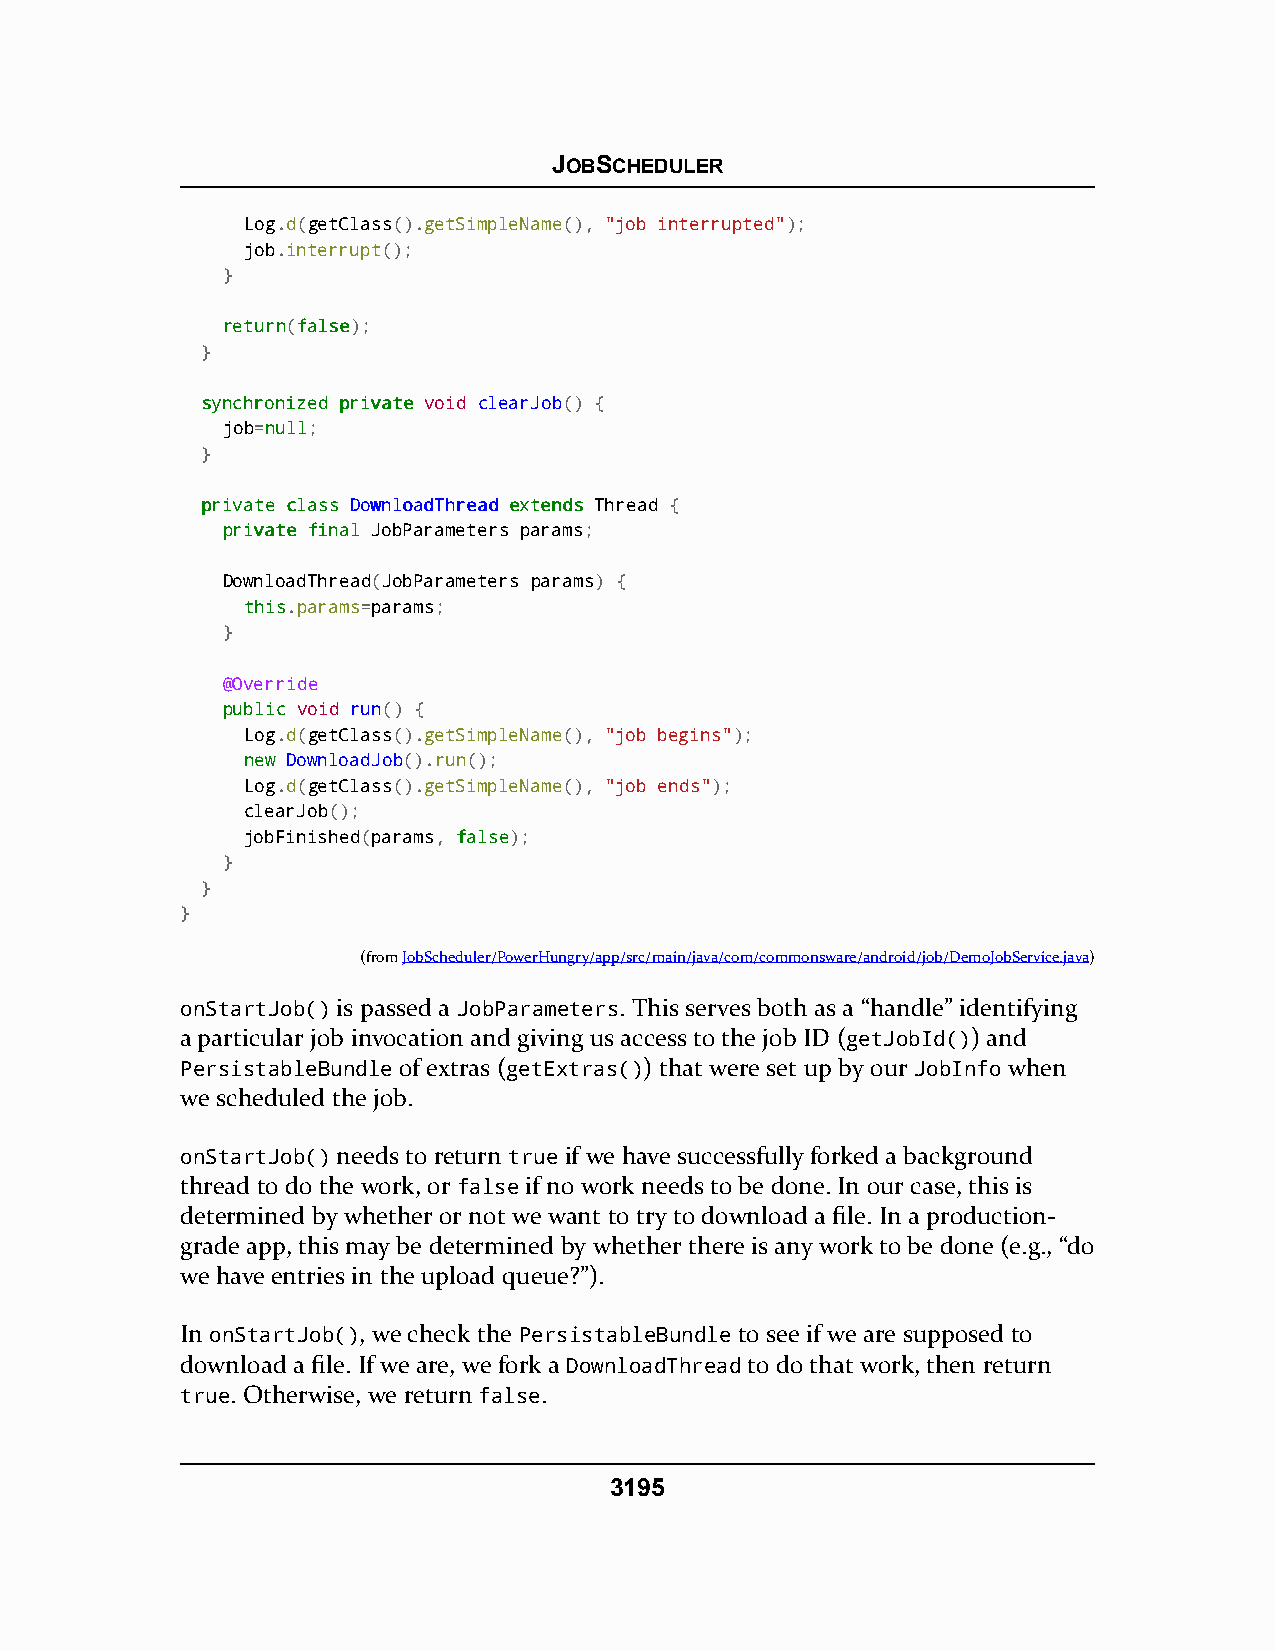
JOBSCHEDULER
 Log.d(getClass().getSimpleName(), "job interrupted");
 job.interrupt();
 }
 rreettuurrnn(ffaallssee);
 }
 ssyynncchhrroonniizzeedd pprriivvaattee void clearJob() {
 job=nnuullll;
 }
 pprriivvaattee ccllaassss DDoowwnnllooaaddTThhrreeaadd eexxtteennddss Thread {
 pprriivvaattee ffiinnaall JobParameters params;
 DownloadThread(JobParameters params) {
 tthhiiss.params=params;
 }
 @Override
 ppuubblliicc void run() {
 Log.d(getClass().getSimpleName(), "job begins");
 nneeww DownloadJob().run();
 Log.d(getClass().getSimpleName(), "job ends");
 clearJob();
 jobFinished(params, ffaallssee);
 }
 }
 }
 (fromJobScheduler/PowerHungry/app/src/main/java/com/commonsware/android/job/DemoJobService.java)
 onStartJob() is passed a JobParameters. This serves both as a “handle” identifying
 a particular job invocation and giving us access to the job ID (getJobId()) and
 PersistableBundle of extras (getExtras()) that were set up by our JobInfo when
 we scheduled the job.
 onStartJob() needs to return true if we have successfully forked a background
 thread to do the work, or false if no work needs to be done. In our case, this is
 determined by whether or not we want to try to download a file. In a production-
 grade app, this may be determined by whether there is any work to be done (e.g., “do
 we have entries in the upload queue?”).
 In onStartJob(), we check the PersistableBundle to see if we are supposed to
 download a file. If we are, we fork a DownloadThread to do that work, then return
 true. Otherwise, we return false.
 3195